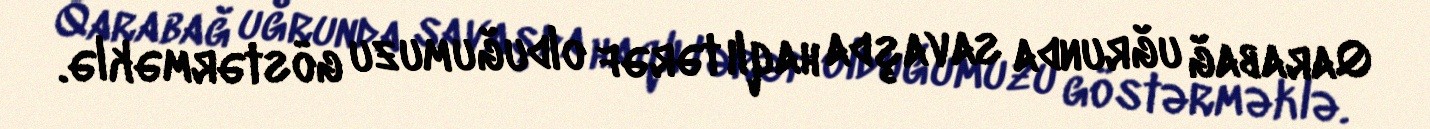
Qarabağ uğrunda savaşda haqlı tərəf olduğumuzu göstərməklə.